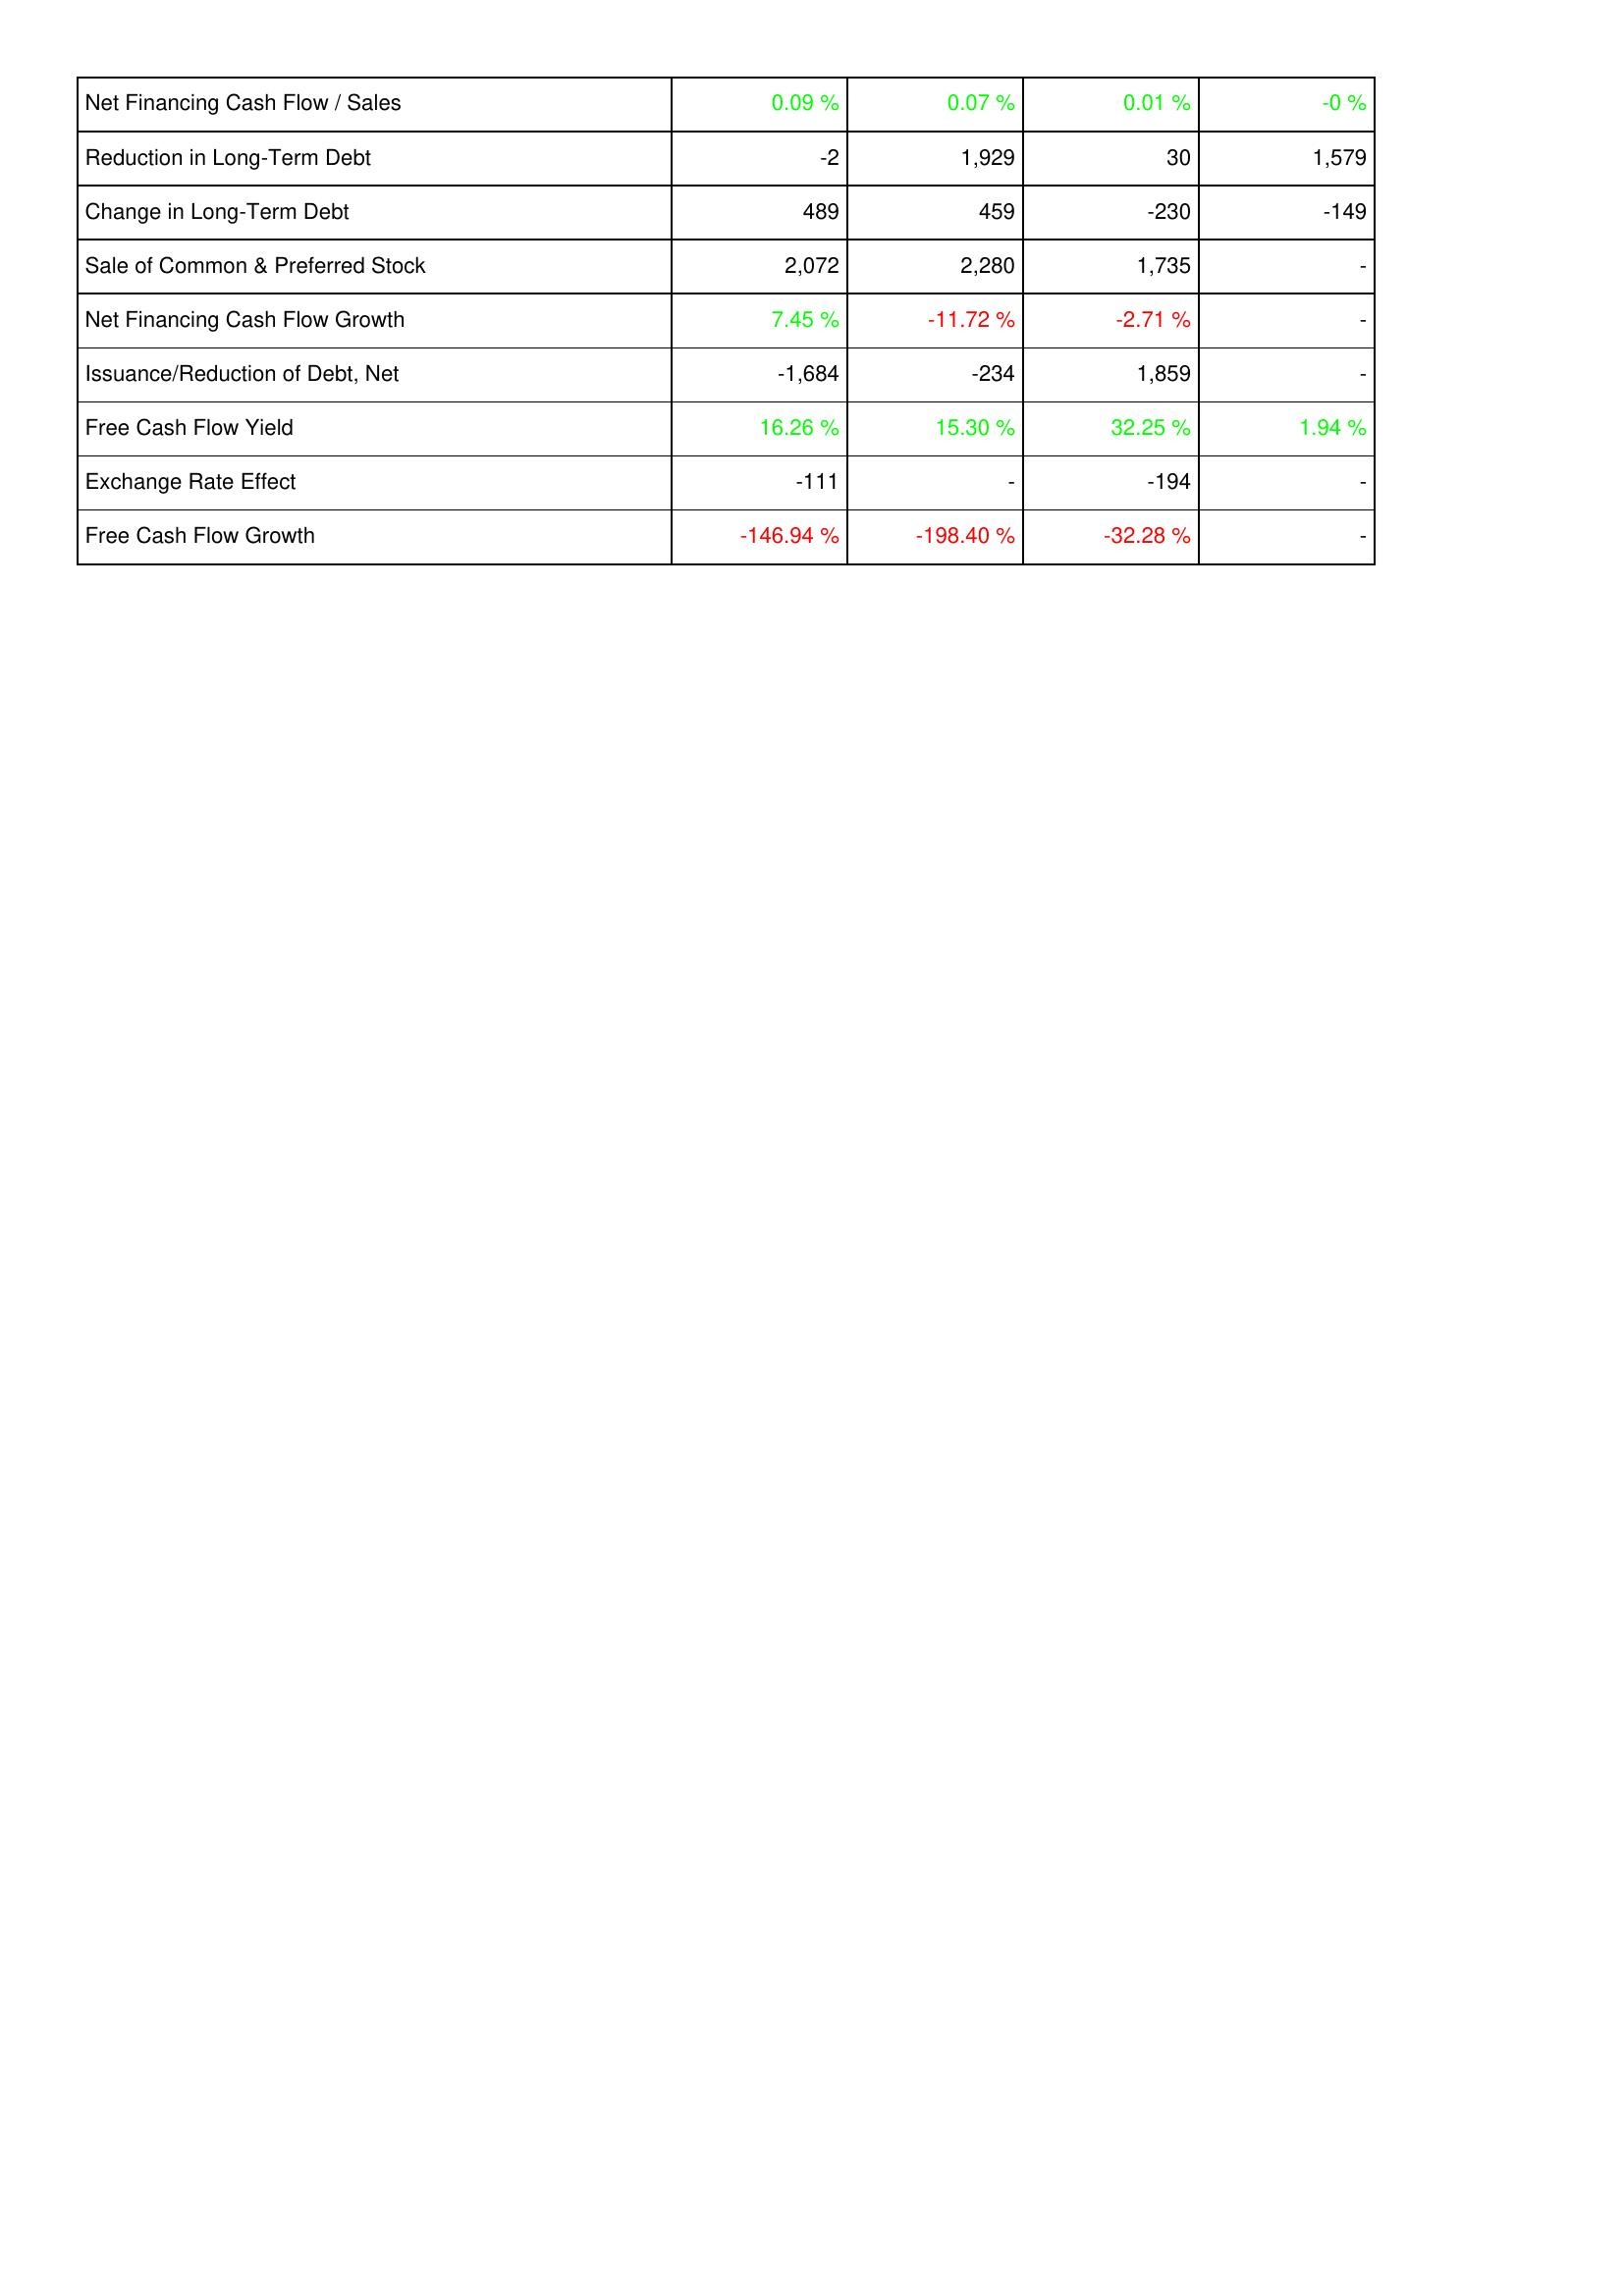
2010: Financing Activities: Net Financing Cash Flow / Sales: 0.09 %
Reduction in Long-Term Debt: -2
Change in Long-Term Debt: 489
Sale of Common & Preferred Stock: 2,072
Net Financing Cash Flow Growth: 7.45 %
Issuance/Reduction of Debt, Net: -1,684
Free Cash Flow Yield: 16.26 %
Exchange Rate Effect: -111
Free Cash Flow Growth: -146.94 %
2009: Financing Activities: Net Financing Cash Flow / Sales: 0.07 %
Reduction in Long-Term Debt: 1,929
Change in Long-Term Debt: 459
Sale of Common & Preferred Stock: 2,280
Net Financing Cash Flow Growth: -11.72 %
Issuance/Reduction of Debt, Net: -234
Free Cash Flow Yield: 15.30 %
Exchange Rate Effect: -
Free Cash Flow Growth: -198.40 %
2008: Financing Activities: Net Financing Cash Flow / Sales: 0.01 %
Reduction in Long-Term Debt: 30
Change in Long-Term Debt: -230
Sale of Common & Preferred Stock: 1,735
Net Financing Cash Flow Growth: -2.71 %
Issuance/Reduction of Debt, Net: 1,859
Free Cash Flow Yield: 32.25 %
Exchange Rate Effect: -194
Free Cash Flow Growth: -32.28 %
2007: Financing Activities: Net Financing Cash Flow / Sales: -0 %
Reduction in Long-Term Debt: 1,579
Change in Long-Term Debt: -149
Sale of Common & Preferred Stock: -
Net Financing Cash Flow Growth: -
Issuance/Reduction of Debt, Net: -
Free Cash Flow Yield: 1.94 %
Exchange Rate Effect: -
Free Cash Flow Growth: -